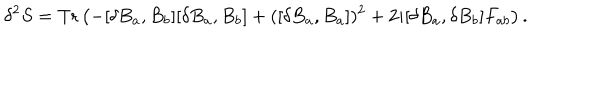
\delta ^ { 2 } S = \mathrm { T r } \left( - [ \delta B _ { a } , B _ { b } ] [ \delta B _ { a } , B _ { b } ] + ( [ \delta B _ { a } , B _ { a } ] ) ^ { 2 } + 2 i [ \delta B _ { a } , \delta B _ { b } ] F _ { a b } \right) .